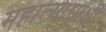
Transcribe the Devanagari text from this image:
महात्मागांधी